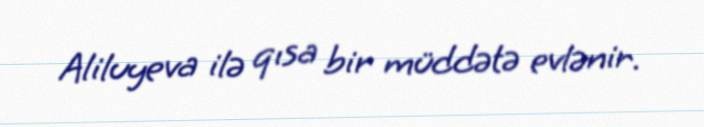
Aliluyeva ilə qısa bir müddətə evlənir.